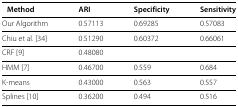
| Method | ARI | Specificity | Sensitivity |
 | --- | --- | --- | --- |
 | Our Algorithm | 0.57113 | 0.69285 | 0.57083 |
 | Chiu et al. [34] | 0.51290 | 0.60372 | 0.66061 |
 | CRF [9] | 0.48080 |  |  |
 | HMM [7] | 0.46700 | 0.559 | 0.684 |
 | K-means | 0.43000 | 0.563 | 0.557 |
 | Splines [10] | 0.36200 | 0.494 | 0.516 |